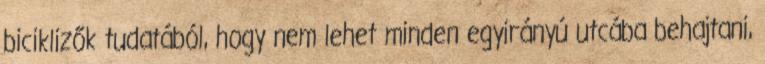
biciklizők tudatából, hogy nem lehet minden egyirányú utcába behajtani,